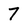
Character: 7